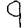
Digit: 9